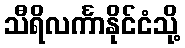
သီရိလင်္ကာနိုင်ငံသို့